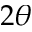
2 \theta